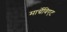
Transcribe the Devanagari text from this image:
मार्ग्रेविएट